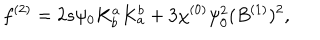
LaTeX: f ^ { ( 2 ) } = 2 s \psi _ { 0 } K _ { b } ^ { a } K _ { a } ^ { b } + 3 \chi ^ { ( 0 ) } \psi _ { 0 } ^ { 2 } ( B ^ { ( 1 ) } ) ^ { 2 } ,